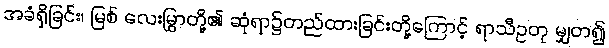
အခံရှိခြင်း၊ မြစ် လေးမြွာတို့၏ ဆုံရာ၌တည်ထားခြင်းတို့ကြောင့် ရာသီဥတု မျှတ၍